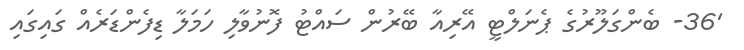
'36- ބެންގަލޫރުގެ ޕެނަލްޓީ އޭރިއާ ބޭރުން ސައްޓު ފޮނުވާލި ހަމަލާ ޑިފެންޑަރެއް ގައިގައި